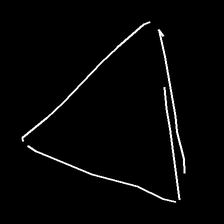
Glyph: convergence